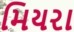
મિયરા